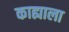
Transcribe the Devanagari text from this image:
काह्याला